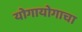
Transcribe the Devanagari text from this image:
योगायोगाचा